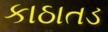
કાઠાતડ